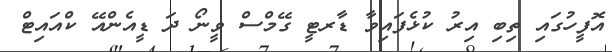
އޮފީހުގައި ތިބި އިރު ކުޅެފައިވާ ޑާރޓީ ގޭމްސް ވީނޯ ދަ ޑީއެންއޭ ކްއަައިޓް